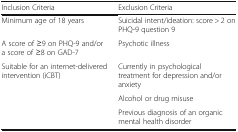
<table><thead><tr><td><b>Inclusion Criteria</b></td><td><b>Exclusion Criteria</b></td></tr></thead><tbody><tr><td>Minimum age of 18 years</td><td>Suicidal intent/ideation: score &gt; 2 on PHQ-9 question 9</td></tr><tr><td>A score of ≥9 on PHQ-9 and/or a score of ≥8 on GAD-7</td><td>Psychotic illness</td></tr><tr><td>Suitable for an internet-delivered intervention (iCBT)</td><td>Currently in psychological treatment for depression and/or anxiety</td></tr><tr><td></td><td>Alcohol or drug misuse</td></tr><tr><td></td><td>Previous diagnosis of an organic mental health disorder</td></tr></tbody></table>